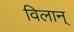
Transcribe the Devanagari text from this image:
विलान्